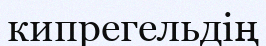
кипрегельдің